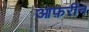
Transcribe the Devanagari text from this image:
आफ़रीन